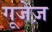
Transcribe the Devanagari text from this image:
गूजेज़